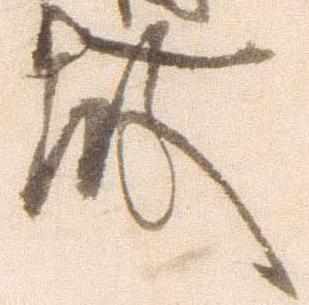
殿